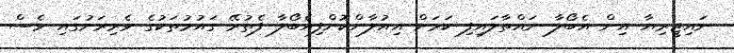
ނައިޖީރިޔާ އިން އެބޯލާ ނައްތާލައިފި ކަމަށް އިއުލާންކޮށްފިއެބޯލާ ފެތުރޭ ގައުމުތަކުގެ ވެރިރަށުގައި ވެސް